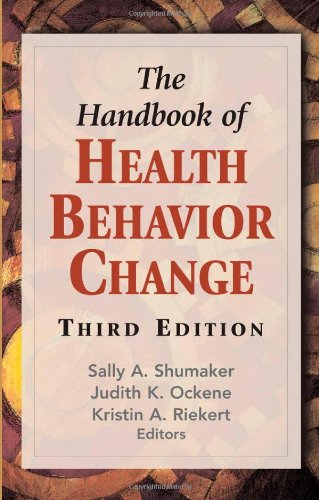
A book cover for The Handbook of Health Behavior Change, Third Edition; Medical Books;